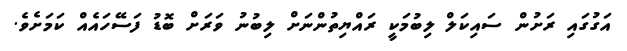
އަގުގައި ރަށުން ސައިކަލް ލިބުމަކީ ރައްޔިތުންނަށް ލިބުނު ވަރަށް ބޮޑު ފަސޭހައެއް ކަމަށެވެ.